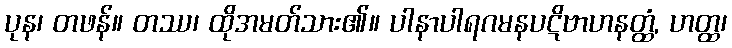
ပုန၊ တဖန်။ တဿ၊ ထိုအမတ်သား၏။ ပါနာပါရဂမနပဋိဗာဟနတ္ထံ, ဟတ္ထ၊